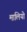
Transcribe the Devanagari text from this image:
मालियो